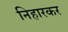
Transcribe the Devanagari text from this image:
निहारकर